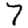
Digit: 7